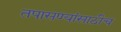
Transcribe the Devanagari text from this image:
तपासण्यांसाठीच